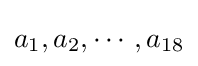
a_{1},a_{2},\cdots ,a_{18}